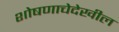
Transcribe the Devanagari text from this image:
शोषणाचेदेखील